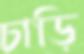
চাড়ি